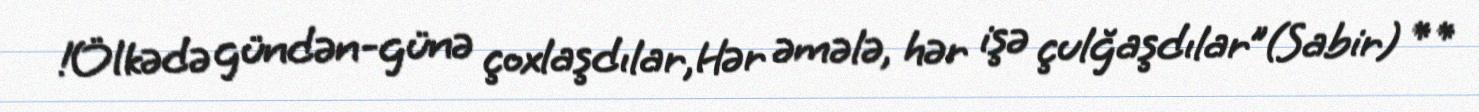
!Ölkədə gündən-günə çoxlaşdılar,Hər əmələ, hər işə çulğaşdılar”(Sabir) **